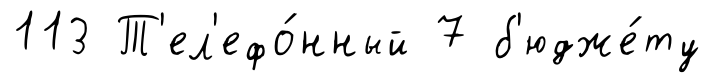
113 Т'ел'ефо́нный 7 б'юдже́ту